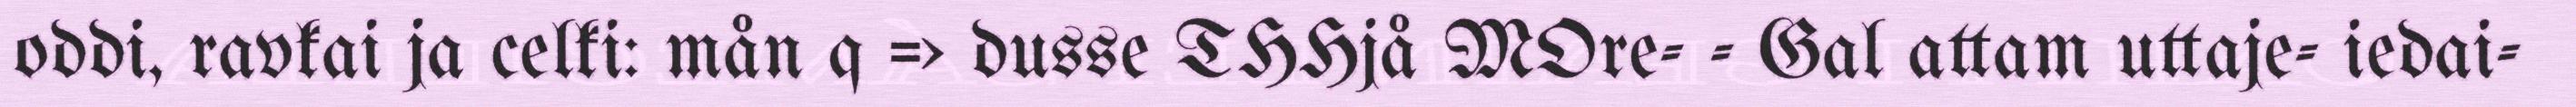
oddi, ravkai ja celki: mån q => dusse THHjå MOre- - Gal attam uttaje- iedai-